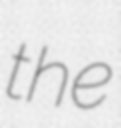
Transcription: the